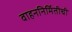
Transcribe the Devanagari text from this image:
वाहननिर्मितीची